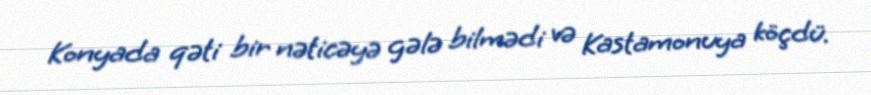
Konyada qəti bir nəticəyə gələ bilmədi və Kastamonuya köçdü.